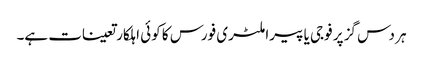
ہر دس گز پر فوجی یا پیراملٹری فورس کا کوئی اہلکار تعینات ہے۔